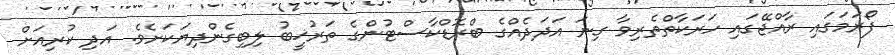
ފޯރަމަގައި ރާއްޖޭގައި ހަރަކާތްތެރިވާ ގިނަ އަދަދެއްގެ ބްރޮޑްކާސްޓުންގެ ތަރުޚީބު ލިބިގެންދިޔަކަށެވެ. އަދި ކުރިއަށް